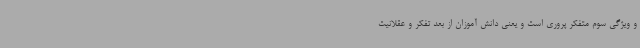
و ویژگی سوم متفکر پروری است و یعنی دانش آموزان از بعد تفکر و عقلانیت